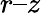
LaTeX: r–z